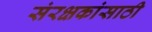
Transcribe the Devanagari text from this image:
संरक्षकांसाठी